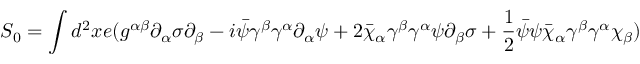
S _ { 0 } = \int d ^ { 2 } x e ( g ^ { \alpha \beta } \partial _ { \alpha } \sigma \partial _ { \beta } - i \bar { \psi } \gamma ^ { \beta } \gamma ^ { \alpha } \partial _ { \alpha } \psi + 2 \bar { \chi } _ { \alpha } \gamma ^ { \beta } \gamma ^ { \alpha } \psi \partial _ { \beta } \sigma + \frac { 1 } { 2 } \bar { \psi } \psi \bar { \chi } _ { \alpha } \gamma ^ { \beta } \gamma ^ { \alpha } \chi _ { \beta } )